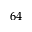
6 4